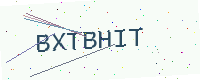
Text: BXTBHIT